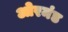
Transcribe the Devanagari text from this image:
ओरमंड